Lunatic asylums Punjab 1868-1880 - 1868-1880
Year: 1868
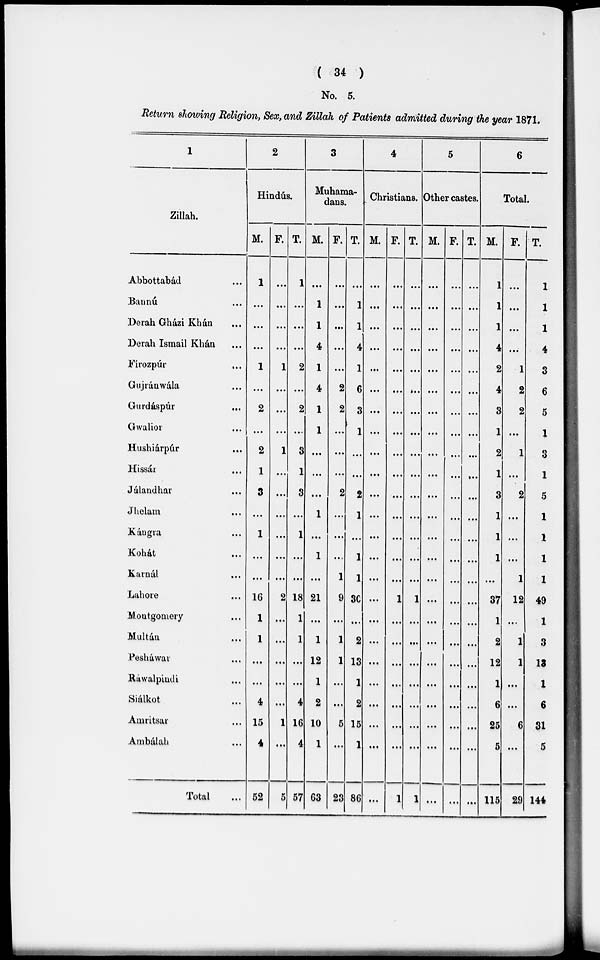
( 34 )
No. 5.
Return showing Religion, Sex, and Zillah of Patients admitted during the year 1871.
1
Zillah.
Abbottabád ...
Bannú ...
Derah Gházi Khán ...
Derah Ismail Khán ...
Firozpúr
...
Gujráwála ...
Gurdáspúr ...
Gwalior ...
Hushiárpúr ...
Hissár
Jálandhar ...
Jhelam ...
Káugra ...
Kohát ...
Karnál ...
Lahore ...
Montgomery ...
Multán ...
Pesháwar ...
Rawalpindi
Siálkot ...
Amritsar ...
Ambálah ...
Total ...
2
Hindús.
M.
1
...
...
...
1
...
2
...
2
1
3
...
1
...
...
16
1
1
...
...
4
15
4
52
F.
...
...
...
...
1
...
...
...
1
...
...
...
...
...
...
2
...
...
...
...
...
1
...
1
T.
1
...
...
...
2
...
2
...
3
1
3
...
1
....
...
18
1
1
...
...
4
16
4
57
3
Muhama-
dans.
M.
...
1
1
4
1
4
1
1
...
...
...
1
...
1
...
21
...
1
12
1
2
10
1
63
F.
...
...
...
...
...
2
2
...
...
...
2
...
...
...
1
9
...
1
1
...
....
5
...
23
T.
...
1
1
4
1
6
3
1
...
...
2
1
...
1
1
30
...
2
13
1
2
15
1
86
4
Christians.
M.
...
...
...
...
...
...
...
...
...
...
...
...
...
...
...
...
...
...
...
...
...
...
...
...
F.
...
...
...
...
...
...
...
...
...
...
...
...
...
...
...
1
...
...
...
...
...
...
...
1
T.
...
...
...
...
...
...
...
...
...
...
...
...
...
...
...
1
...
...
...
...
...
...
...
1
5
Other castes.
M.
...
...
...
...
...
...
...
...
...
...
...
...
...
...
...
...
...
...
...
...
...
...
...
...
F.
...
...
...
...
...
...
...
...
...
...
...
...
...
...
...
...
...
...
...
...
...
...
...
...
T.
...
...
...
...
...
...
...
...
...
...
...
...
...
...
...
...
...
...
...
...
...
...
...
...
6
Total.
M.
1
1
1
4
2
4
3
1
2
1
3
1
1
1
...
37
1
2
12
1
6
25
5
115
F.
...
...
...
...
1
2
2
...
1
...
2
...
...
...
1
12
...
1
1
...
...
6
...
29
T.
1
1
1
4
3
6
5
1
3
1
5
1
1
1
1
49
1
3
18
1
6
31
5
144